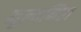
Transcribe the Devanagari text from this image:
मूल्यनिष्ठा